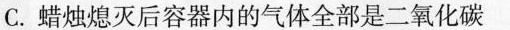
C.蜡烛熄灭后容器内的气体全部是二氧化碳